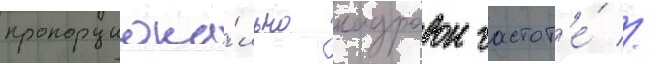
пропорциона́льно кадровои частот'е́ //